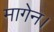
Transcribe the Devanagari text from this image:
मागेन।